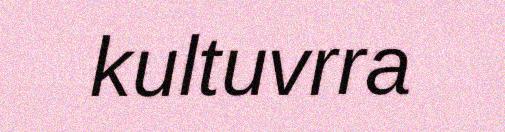
kultuvrra